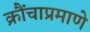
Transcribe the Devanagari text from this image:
क्रौंचाप्रमाणे